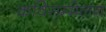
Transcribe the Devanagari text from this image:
कविसम्मेलन